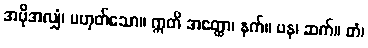
အပိုအလျှံ၊ မဟုတ်သော။ ဣတိ အတ္ထော၊ နက်။ ပန၊ ဆက်။ တံ၊